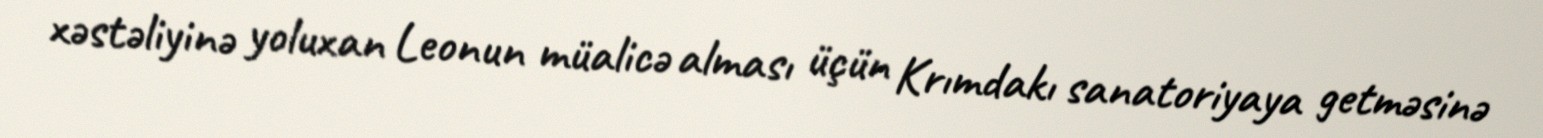
xəstəliyinə yoluxan Leonun müalicə alması üçün Krımdakı sanatoriyaya getməsinə